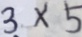
3 \times 5